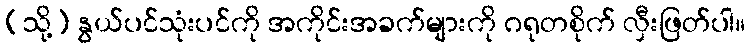
(သို့) နွယ်ပင်သုံးပင်ကို အကိုင်းအခက်များကို ဂရုတစိုက် လှီးဖြတ်ပါ။